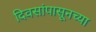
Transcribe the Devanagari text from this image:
दिवसांपासूनच्या